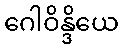
ဂေါဝိန္ဒိယေ